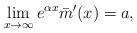
LaTeX: \begin{align*} \lim_{x\to \infty} e^{\alpha x}\bar m'(x)=a, \end{align*}